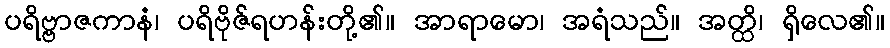
ပရိဗ္ဗာဇကာနံ၊ ပရိဗိုဇ်ရဟန်းတို့၏။ အာရာမော၊ အရံသည်။ အတ္ထိ၊ ရှိလေ၏။